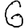
Digit: 6